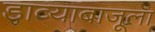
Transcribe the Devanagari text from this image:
डाव्याबाजूला